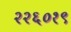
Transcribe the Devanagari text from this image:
२२६०१९